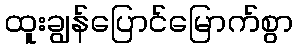
ထူးချွန်ပြောင်မြောက်စွာ